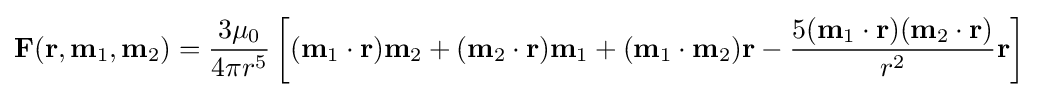
\mathbf {F} (\mathbf {r} ,\mathbf {m} _{1},\mathbf {m} _{2})={\dfrac {3\mu _{0}}{4\pi r^{5}}}\left[(\mathbf {m} _{1}\cdot \mathbf {r} )\mathbf {m} _{2}+(\mathbf {m} _{2}\cdot \mathbf {r} )\mathbf {m} _{1}+(\mathbf {m} _{1}\cdot \mathbf {m} _{2})\mathbf {r} -{\dfrac {5(\mathbf {m} _{1}\cdot \mathbf {r} )(\mathbf {m} _{2}\cdot \mathbf {r} )}{r^{2}}}\mathbf {r} \right]